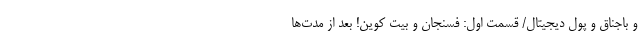
و باجناق و پول دیجیتال/ قسمت اول: فسنجان و بیت کوین! بعد از مدت­ها